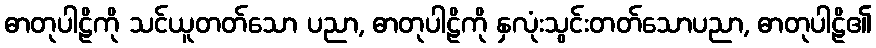
ဓာတုပါဠိကို သင်ယူတတ်သော ပညာ, ဓာတုပါဠိကို နှလုံးသွင်းတတ်သောပညာ, ဓာတုပါဠိ၏